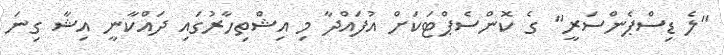
"ލެ ޑިސްޕެންސަރީ" ގެ ކޮންސެޕްޓަކަށް އުފައްދާ މި އިޝްތިހާރުގައި ދައްކާނީ އިޝާ ގިނަ